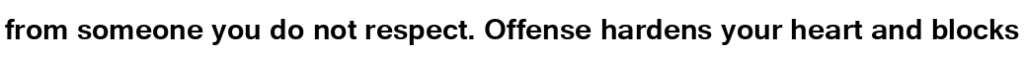
from someone you do not respect. Offense hardens your heart and blocks